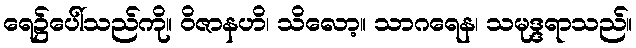
ရေ၌ပေါ်သည်ကို။ ဝိဇာနဟိ၊ သိလော့။ သာဂရေန၊ သမုဒ္ဒရာသည်။